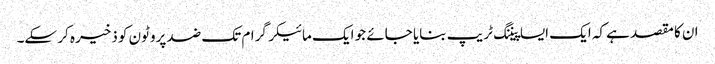
ان کا مقصد ہے کہ ایک ایسا پیننگ ٹریپ بنایا جائے جو ایک مائیکرگرام تک ضد پروٹون کو ذخیرہ کر سکے۔